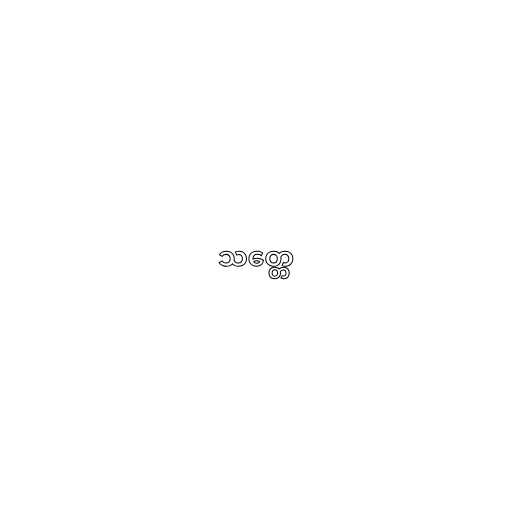
သတ္တေ